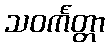
သဝင်္ကတ္တာ